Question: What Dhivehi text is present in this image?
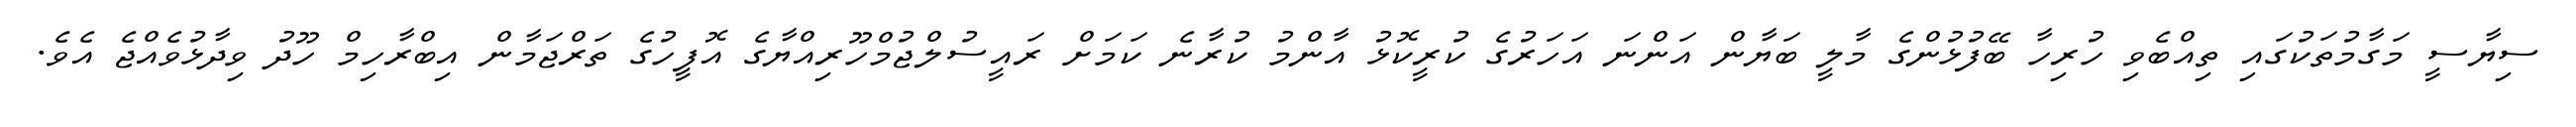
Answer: ސިޔާސީ މަގާމުތަކުގައި ތިއްބެވި ހުރިހާ ބޭފުޅުންގެ މާލީ ބަޔާން އަންނަ އަހަރުގެ ކުރީކޮޅު އާންމު ކުރާނެ ކަމަށް ރައީސުލްޖުމްހޫރިއްޔާގެ އޮފީހުގެ ތަރްޖަމާން އިބްރާހިމް ހޫދު ވިދާޅުވެއްޖެ އެވެ.